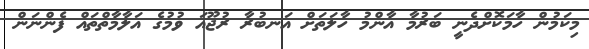
މިކަމުން ހާމަކޮށްދެނީ ބަރުމާ އާންމު ހާލަތަށް އަނބުރާ ރުޖޫއަ ވުމުގެ އަލާމާތްތައް ފެންނަން